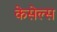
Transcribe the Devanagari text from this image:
केसेल्स